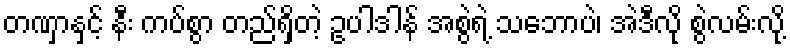
တဏှာနှင့် နီး ကပ်စွာ တည်ရှိတဲ့ ဥပါဒါန် အစွဲရဲ့ သဘောပဲ၊ အဲဒီလို စွဲလမ်းလို့